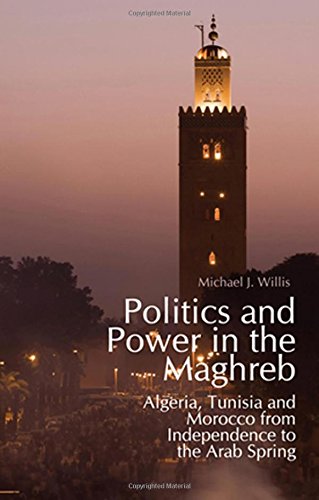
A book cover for Politics and Power in the Maghreb: Algeria, Tunisia and Morocco from Independence to the Arab Spring; Michael Willis; History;